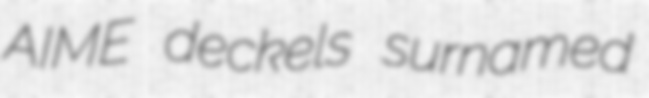
AIME deckels surnamed